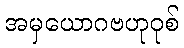
အမှယောဂဗဟုဝုစ်